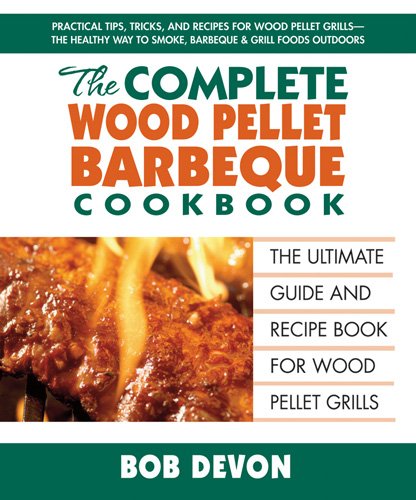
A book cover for The Complete Wood Pellet Barbeque Cookbook: The Ultimate Guide and Recipe Book for Wood Pellet Grills; Bob Devon; Cookbooks, Food & Wine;